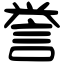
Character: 誉